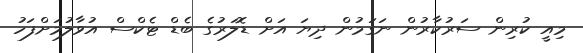
މިއީ ކުރިން ސަރުކާރުން ނަގަމުން ދިޔަ އަށް ޑޮލަރުގެ ބެޑް ޓެކްސް އުވާލުމަށްފަހު